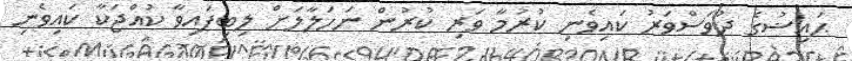
ޙައިޟުގެ ދުވަސްވަރު ކައިވެނި ކުރުމާ ވަރި ކުރުން ނަހަލާލަށް ލިބިފައިވާ ކުއްޖަކާ ކައިވެނި